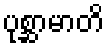
ပုစ္ဆာမာတိ